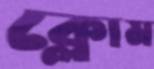
ক্লোম